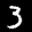
Label: 3